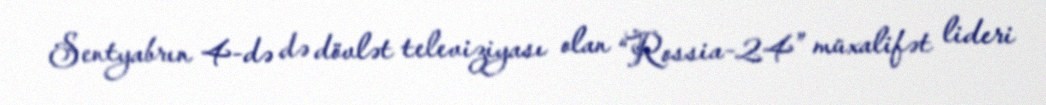
Sentyabrın 4-də də dövlət televiziyası olan “Rossia-24” müxalifət lideri